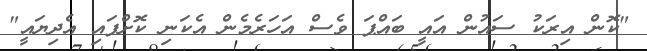
"ކޮން އިރަކު ސައުން އައީ ބައްޕަ ވެސް އަހަރެމެން އެކަނި ކޮށްފައި އެދިޔައީ"